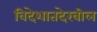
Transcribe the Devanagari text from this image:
विदेशातदेखील